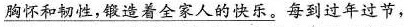
\underline{胸怀和韧性，锻造着全家人的快乐。}每到过年过节，